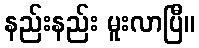
နည်းနည်း မူးလာပြီ။